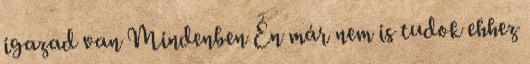
igazad van Mindenben Én már nem is tudok ehhez